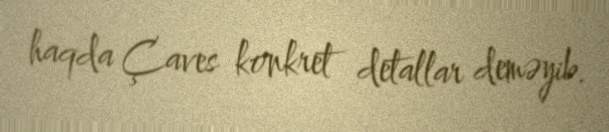
haqda Çaves konkret detallar deməyib.